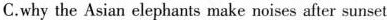
C.why the Asian elephants make noises after surset